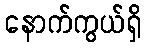
နောက်ကွယ်ရှိ